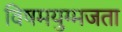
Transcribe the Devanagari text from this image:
विषमयुग्मजता